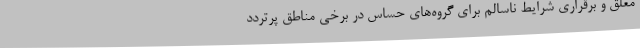
معلق و برقراری شرایط ناسالم برای گروه‌های حساس در برخی مناطق پرتردد